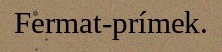
Fermat-prímek.